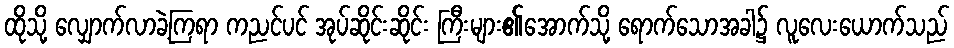
ထိုသို့ လျှောက်လာခဲ့ကြရာ ကညင်ပင် အုပ်ဆိုင်းဆိုင်း ကြီးများ၏အောက်သို့ ရောက်သောအခါ၌ လူလေးယောက်သည်